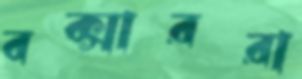
বক্সাররা